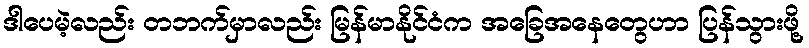
ဒါပေမဲ့လည်း တဘက်မှာလည်း မြန်မာနိုင်ငံက အခြေအနေတွေဟာ ပြန်သွားဖို့